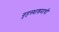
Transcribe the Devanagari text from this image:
गृहस्थाश्रमाची